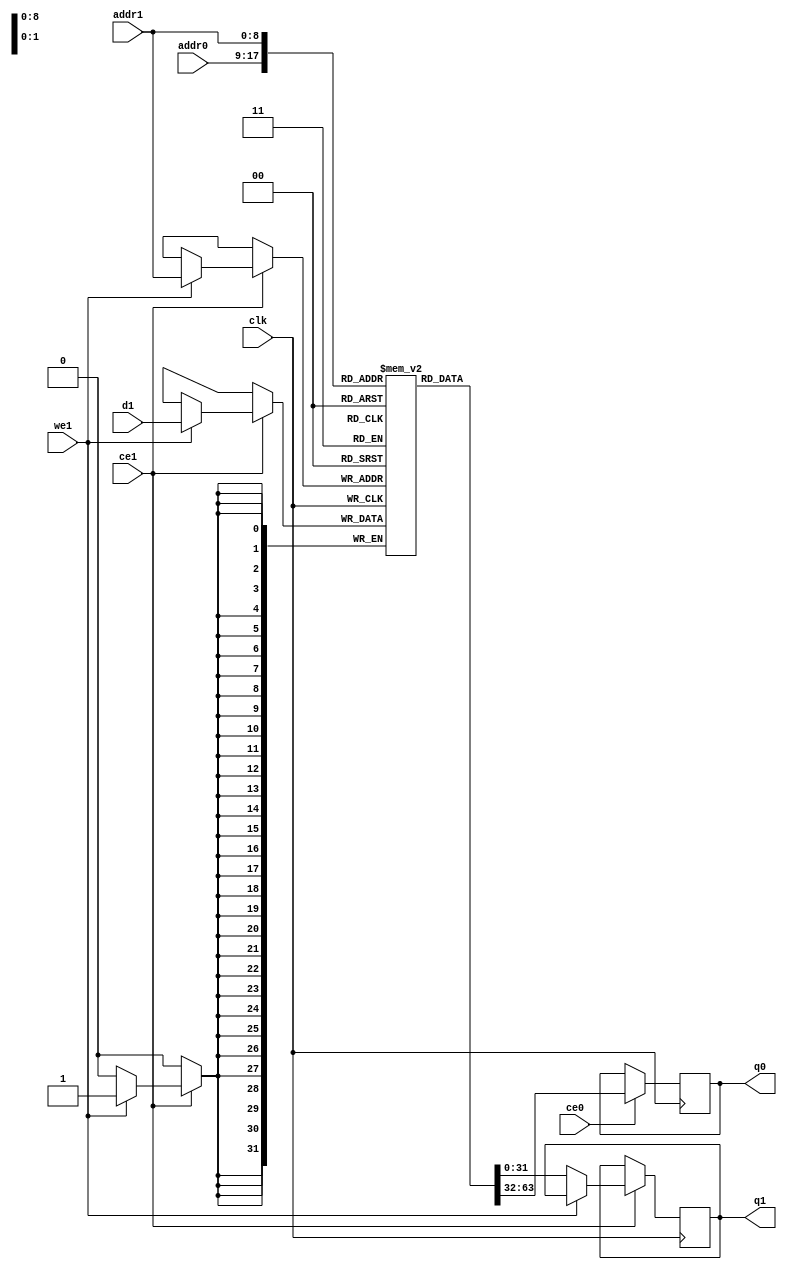
`timescale 1ns / 1ps
module LUT_RAM (addr0, ce0, q0, addr1, ce1, d1, q1, we1,  clk);

parameter DWIDTH = 32;
parameter AWIDTH = 9;
parameter MEM_SIZE = 512;

input[AWIDTH-1:0] addr0;
input ce0;
output reg[DWIDTH-1:0] q0;
input[AWIDTH-1:0] addr1;
input ce1;
input[DWIDTH-1:0] d1;
output reg[DWIDTH-1:0] q1;
input we1;
input clk;

(* ram_style = "distributed" *)reg [DWIDTH-1:0] ram[0:MEM_SIZE-1];




always @(posedge clk)  
begin 
    if (ce0) 
    begin
        q0 <= ram[addr0];
    end
end


always @(posedge clk)  
begin 
    if (ce1) 
    begin
        if (we1) 
        begin 
            ram[addr1] <= d1; 
        end
        else
        begin
            q1 <= ram[addr1];
        end
    end
end


endmodule